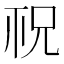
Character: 𥘱